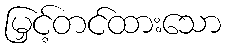
မြှင့်တင်ထားသော